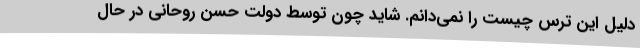
دلیل این ترس چیست را نمی‌دانم. شاید چون توسط دولت حسن روحانی در حال